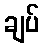
ချပ်